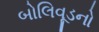
બોલિવૂડનો